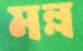
মল্ল